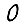
Digit: 0